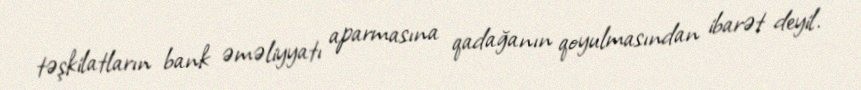
təşkilatların bank əməliyyatı aparmasına qadağanın qoyulmasından ibarət deyil.